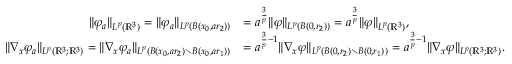
\begin{array} { r l } { \| \varphi _ { a } \| _ { L ^ { p } ( \mathbb { R } ^ { 3 } ) } = \| \varphi _ { a } \| _ { L ^ { p } ( B ( x _ { 0 } , a r _ { 2 } ) ) } } & { = a ^ { \frac { 3 } { p } } \| \varphi \| _ { L ^ { p } ( B ( 0 , r _ { 2 } ) ) } = a ^ { \frac { 3 } { p } } \| \varphi \| _ { L ^ { p } ( \mathbb { R } ^ { 3 } ) } , } \\ { \| \nabla _ { x } \varphi _ { a } \| _ { L ^ { p } ( \mathbb { R } ^ { 3 } ; \mathbb { R } ^ { 3 } ) } = \| \nabla _ { x } \varphi _ { a } \| _ { L ^ { p } ( B ( x _ { 0 } , a r _ { 2 } ) \setminus B ( x _ { 0 } , a r _ { 1 } ) ) } } & { = a ^ { \frac { 3 } { p } - 1 } \| \nabla _ { x } \varphi \| _ { L ^ { p } ( B ( 0 , r _ { 2 } ) \setminus B ( 0 , r _ { 1 } ) ) } = a ^ { \frac { 3 } { p } - 1 } \| \nabla _ { x } \varphi \| _ { L ^ { p } ( \mathbb { R } ^ { 3 } ; \mathbb { R } ^ { 3 } ) } . } \end{array}